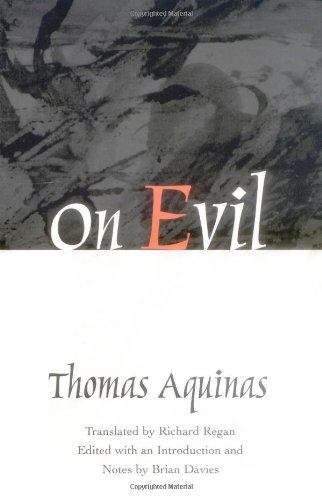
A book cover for On Evil; Thomas Aquinas; Politics & Social Sciences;